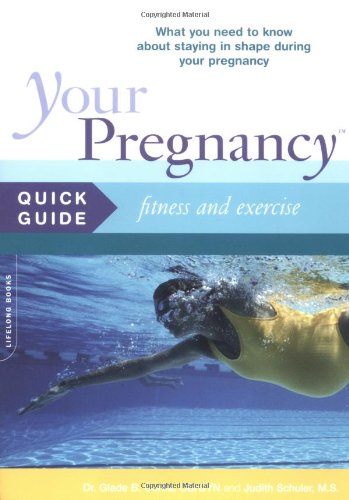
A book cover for Your Pregnancy Quick Guide: Fitness And Exercise; Glade Curtis; Health, Fitness & Dieting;